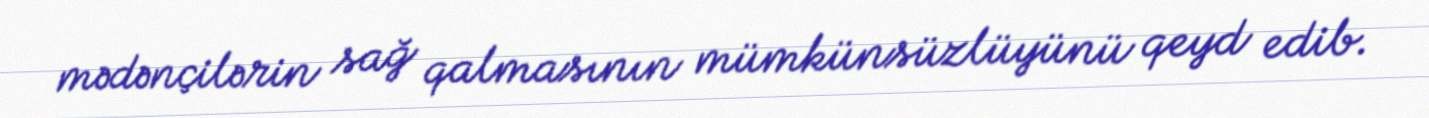
mədənçilərin sağ qalmasının mümkünsüzlüyünü qeyd edib.